Senior Leaving Certificate Examination (including Day School Certificate (Higher) General paper), 1949
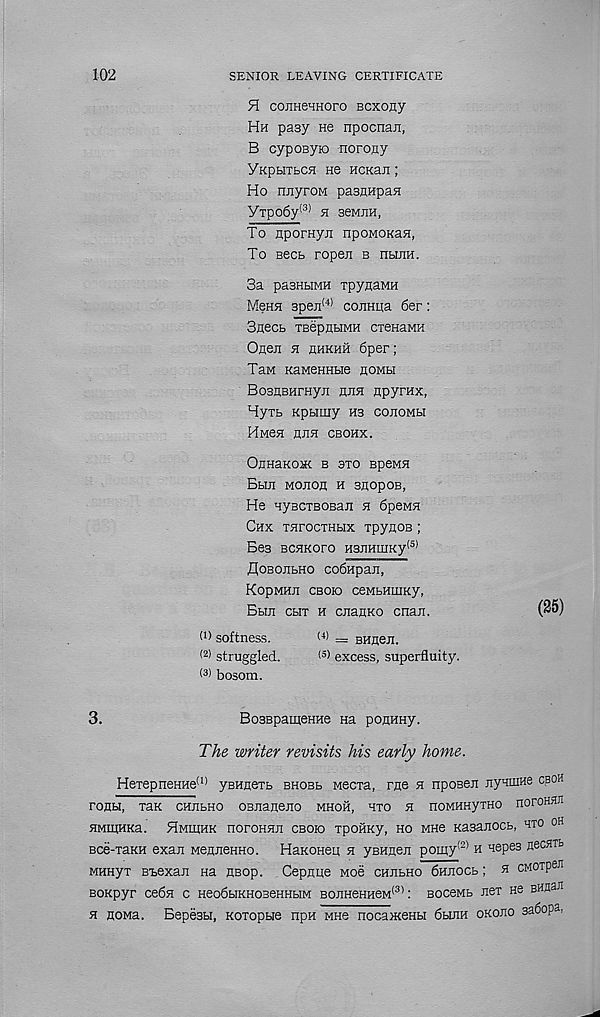
102
SENIOR LEAVING CERTIFICATE
H conHeTHoro ecxony
Hh pasy He npocnaji,
B cyposyio -norony
YKpbiTbCH ne HCKaii;
Ho nnyroM pasmipafl
YTpo6y (3) h seMEH,
To uporHyji npoMOKan,
To secb ropen b nbuiH.
3a pasHHMH TpyaaMH
Menn 3peji (4) couHiia 6er:
3necb TBepnbiMH crenaMH
Ofleii h hhkhh 6per;
TaM KaneHHbie hombi
BoaflBHrHyji hjih npyrax,
Hyxb Kpbimy H3 cojioMbi
Hmch hjih cbohx.
OpHaKOK B 3T0 BpeMH
BbUI MOJIOfl H 3EOpOB,
He HyscTBOBaji h 6peMH
CHX THTOCTHblX TpyflOB ;
Bes BCHKoro H3JiHmKy (5)
flOBOJIbHO codHpax,
KopMHJI CBOK) CeMbHUIKy,
Bbm cbiT h cnanKO cnan.
(25)
W softness.
< 4 > = BHneii.
< 2 > struggled.
(3 ' excess, superfluity.
(3) bosom.
3.
BoaspamsHHe Ha ponHHy.
The writer revisits his early home.
HeTepneHHe (1) ysHneTb bhobb Mecra, rue h nposeji jiyamHe cboh
ronbi, rax chjibho OBJianeno mhoh, hto h noMHHyxHo noroHHJi
HMmHKa. Hmihhk noroHHn cbojo xpoSKy, ho mhb Kasanocb, hto oh
Bce-xaKH exaii MenneHHo. HaKoneu h yBHnen pomy (2) h nepea necHTb
MHHyx Bbexan na HBop. Cepnqe Moe chjibho 6hjiocb ; h cMOipen
BOKpyr cebn c Heo6biKH03eHHbiM BOJiHeHHeM (3) : BOceMB xex ne sHflaH
h HOMa. BepesH, Koxopue npn mhc nocaiKeHbi 6binH okojio 3a6opa,